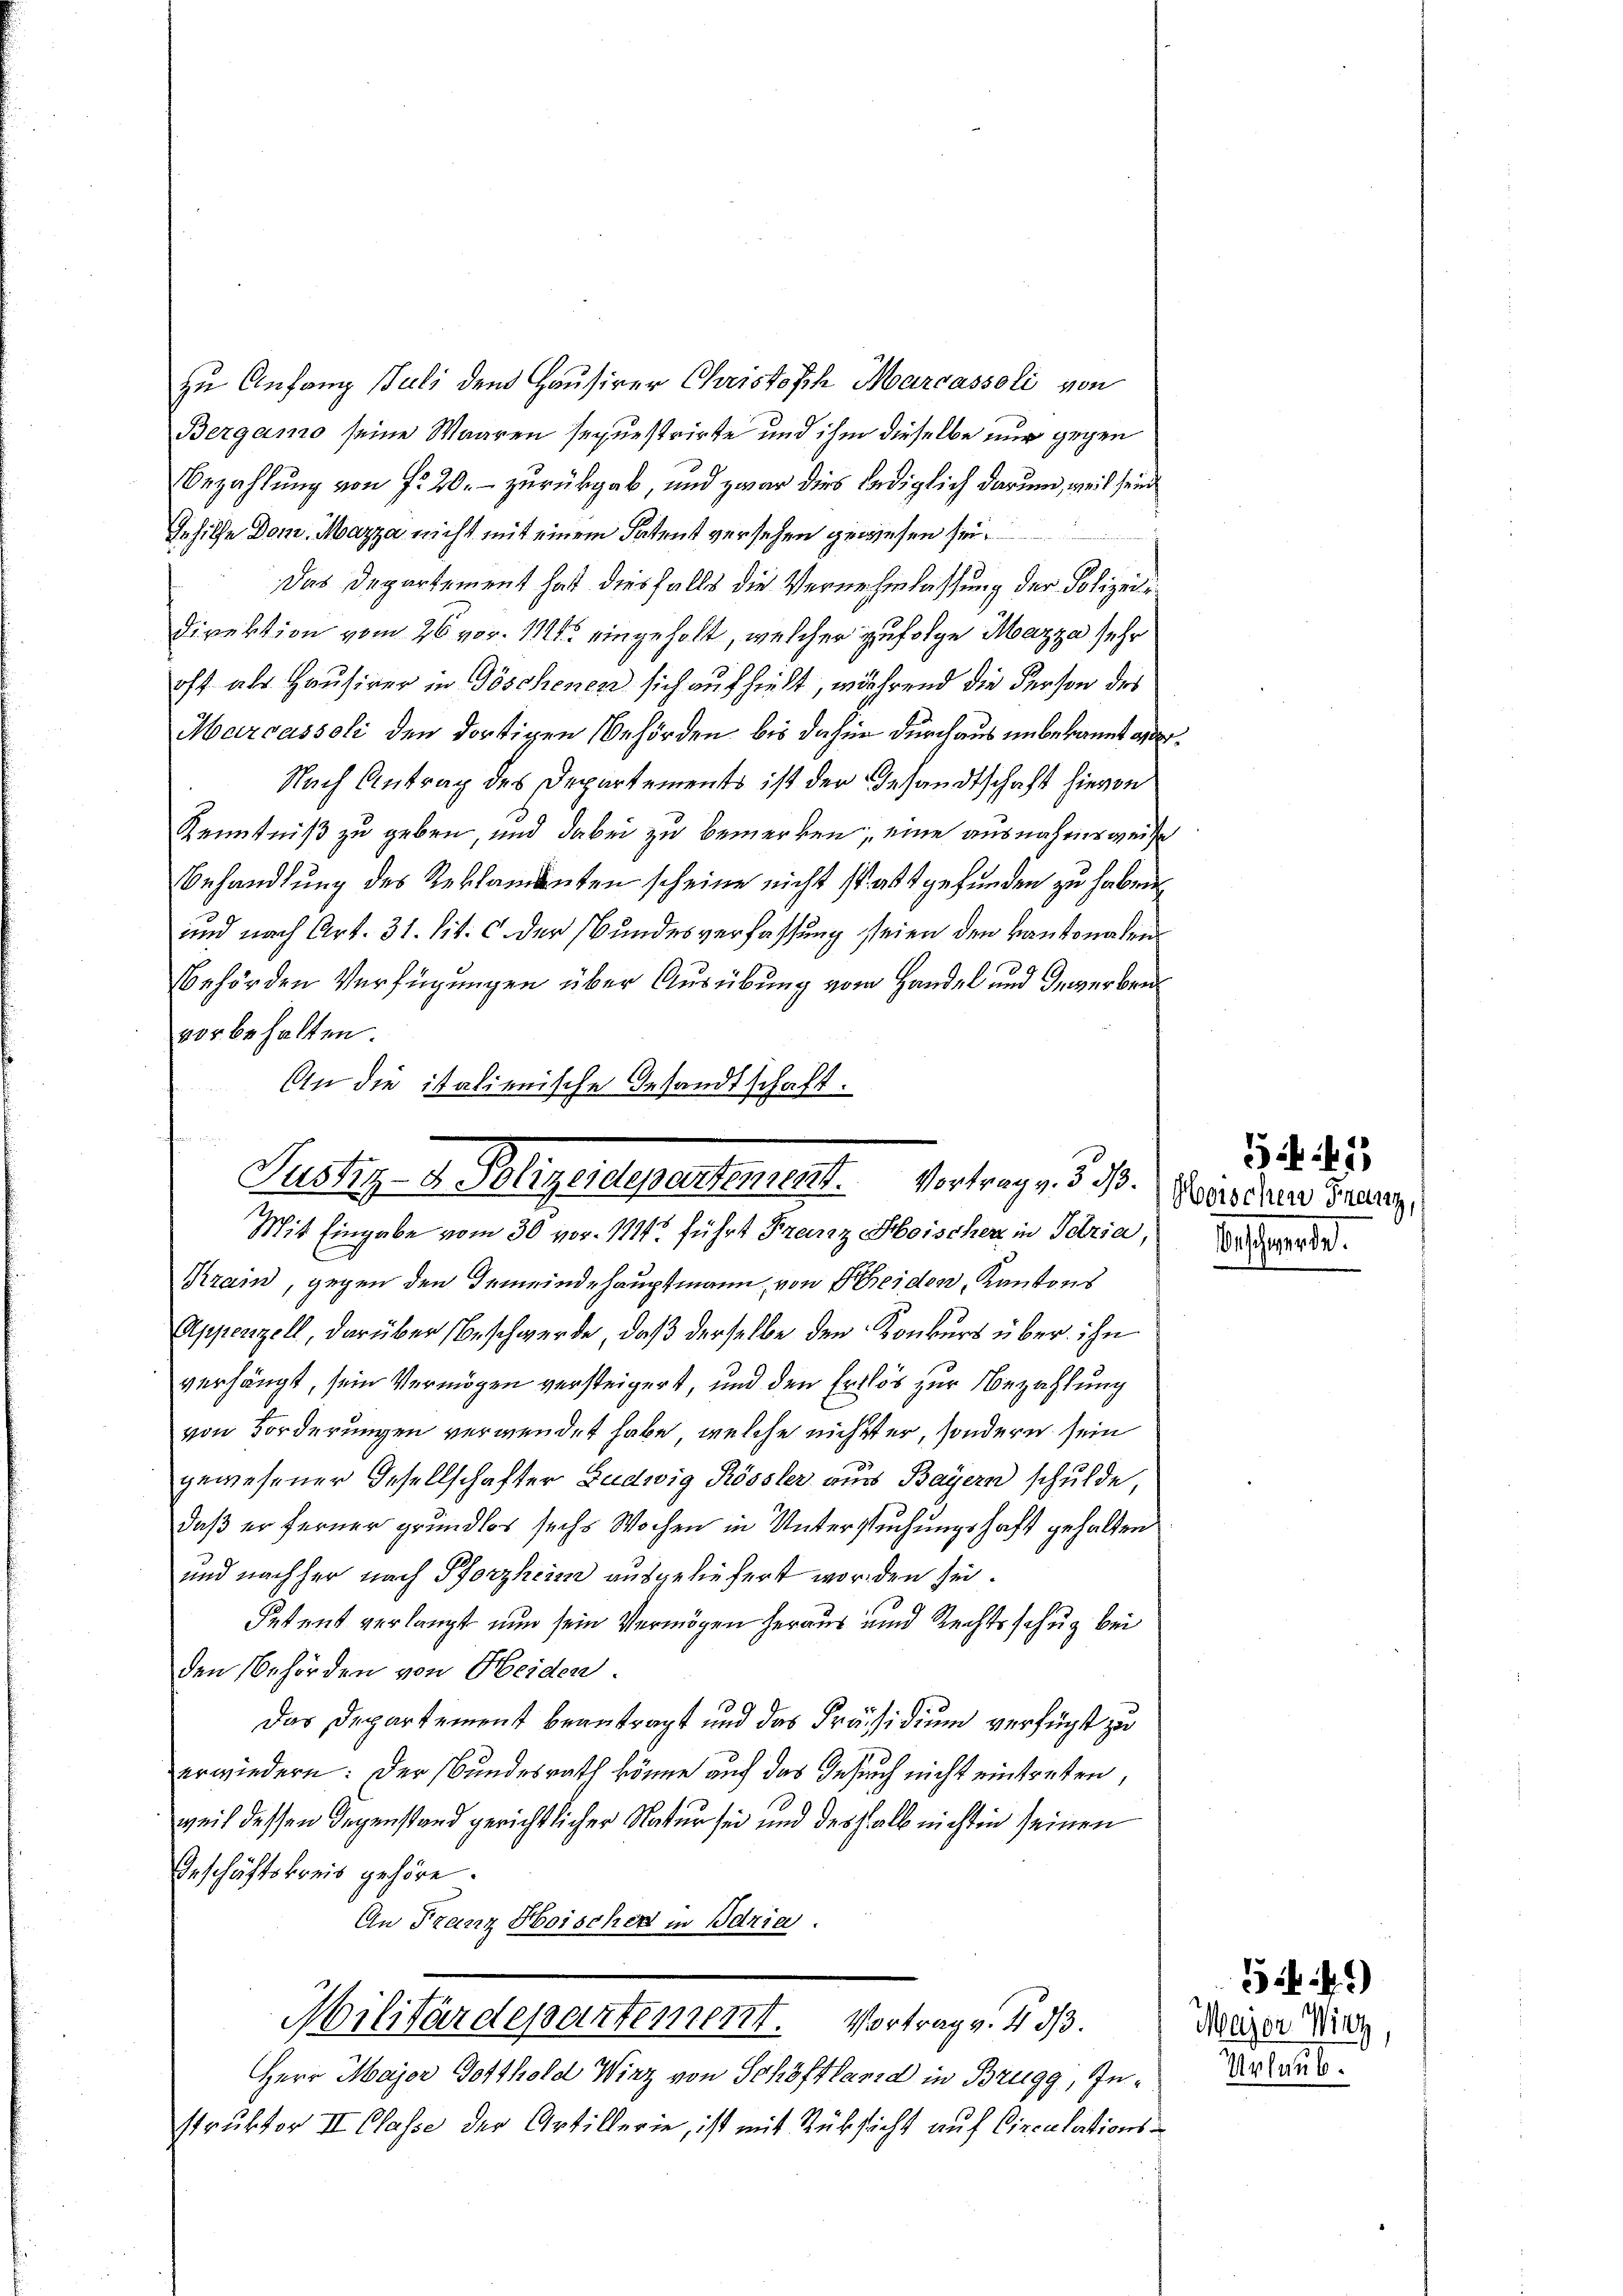
zu Anfang Juli dem Hausirer Christofch Marcasseli von
Bergamo seine Waaren sequestrirte und ihm dieselbe nur gegen
Bezahlung von fr 20. - zurückgab, und zwar dies lediglich darum, weil sein
Gehilfe Dom. Mazza nicht mit einem Patent versehen gewiesen sei.
Das Departement hat diesfalls die Vernehmlassung der Polizei¬
Direktion vom 26. vor. 118. eingeholt, welcher zufolge Mazza sehr
oft als Hausirer in Göschenen sich aufhielt, während die Person des
Marcassoli den dortigen Behörden bis daher durchaus unbekannt a
Nach Antrag des Departements ist der Gesandtschaft hievon
Kenntniß zu geben, und dabei zu bemerken, eine ausnahmsweise
Behandlung des Reklamanten scheine nicht stattgefunden zu haben.
und nach Art. 31. lit. c. der Bundesverfassung seien den kantonalen
behörden Verfügungen über Ausübung vom Handel und Gewerbrevorbehalten.
An die italienische Gesandtschaft.

Justiz- D. Religer depentement. Vortrag, d. d. 1 Paradieren Grenz
Mit Eingabe vom 30 vor. 1114 führt Franz Hoischer in Seria,

Krain, gegen den Gemeindehauptmann, von Seiden, Kantons
Appenzell, darüber Beschwerde, daß derselbe den Konkurs über ihn
verhängt, sein Vermögen versteigert, und den Erlös zur Bezahlung
von Forderungen verwendet habe, welche nichtter, sondern sein
gewesener Gesellschafter Ludwig Rössler aus Bayern schulde,
daß er ferner grundlos sechs Wochen in Untersuchungshaft gehalten
und nachher nach Pforzheim ausgeliefert worden sei.
Petent verlangt nun sein Vermögen heraus und Rechtsschug bei
den Behörden von Heiden.
Das Departement beantragt und das Präsidium verfügt zu
erwiedern: Der Bundesrath könne auf das Gesuch nicht eintreten,
weil dessen Gegenstand gerichtlicher Natur sei und deshalb nicht in seinen
Geschäftskreis gehöre.
An Franz Hoischer in Bdria.
Militärdepartement. Vortrag v. 433.
Herr Major Gotthold Wirz von Schöffland in Brugg, Instruktor II Classe der Artillerie, ist mit Rüksicht auf Circulations¬

Beschnet.

Major Wirz,
Urlaub.

345

32 f.)